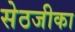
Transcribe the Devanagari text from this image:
सेठजीका